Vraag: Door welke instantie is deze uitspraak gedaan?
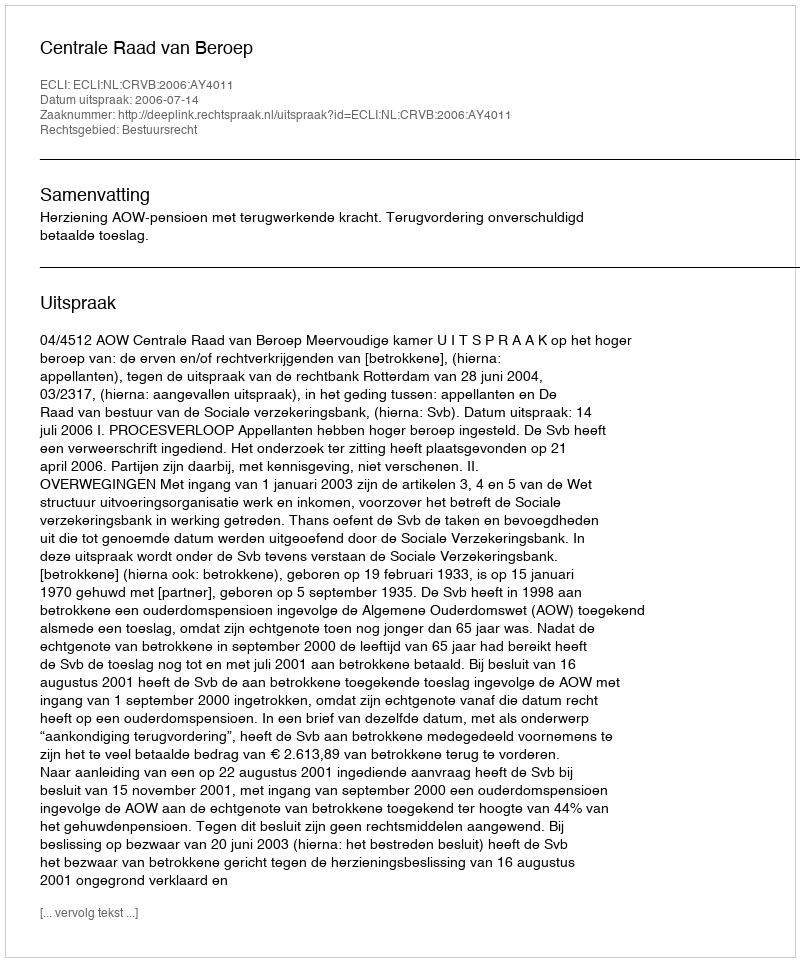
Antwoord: Centrale Raad van Beroep